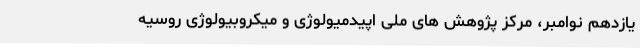
یازدهم نوامبر، مرکز پژوهش های ملی اپیدمیولوژی و میکروبیولوژی روسیه